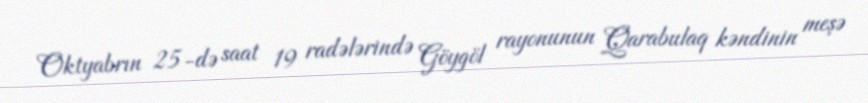
Oktyabrın 25-də saat 19 radələrində Göygöl rayonunun Qarabulaq kəndinin meşə